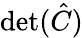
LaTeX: \textrm{det}(\hat{C})